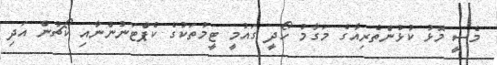
މެސީ މޮޅު ކުޅުންތެރިއާގެ މަގާމު ހޯދީ ގައުމީ ޓީމުތަކުގެ ކެޕްޓަނުންނާއި ކޯޗުން އަދި